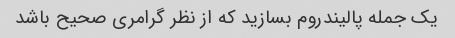
یک جمله پالیندروم بسازید که از نظر گرامری صحیح باشد